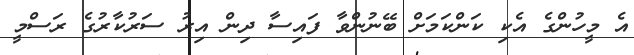
އެ މީހުންގެ އެކި ކަންކަމަށް ބޭނުންވާ ފައިސާ ދިން އިރު ސަރުކާރުގެ ރަސްމީ